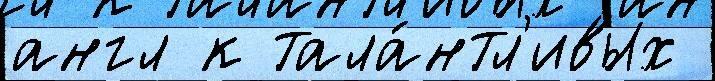
англ к тала́нтл'ивых